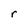
Character: r